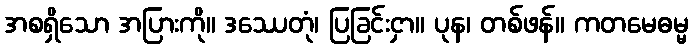
အစရှိသော အပြားကို။ ဒဿေတုံ၊ ပြခြင်းငှာ။ ပုန၊ တစ်ဖန်။ ကတမေဓမ္မ